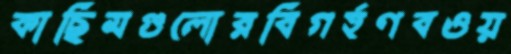
কাছিমগুলোরবিগর্হণবওয়